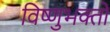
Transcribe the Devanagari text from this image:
विष्णुभक्तों